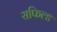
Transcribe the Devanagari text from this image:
सफिल्ड